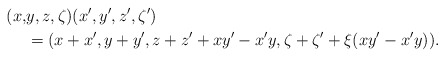
\begin{align*}(x,&y,z,\zeta)(x',y',z',\zeta') \\&=(x+x',y+y',z+z'+xy'-x'y,\zeta+\zeta'+\xi(xy'-x'y)).\end{align*}